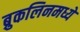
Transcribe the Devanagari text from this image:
ब्रुकलिनमध्ये